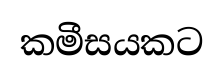
කමීසයකට